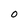
Character: O